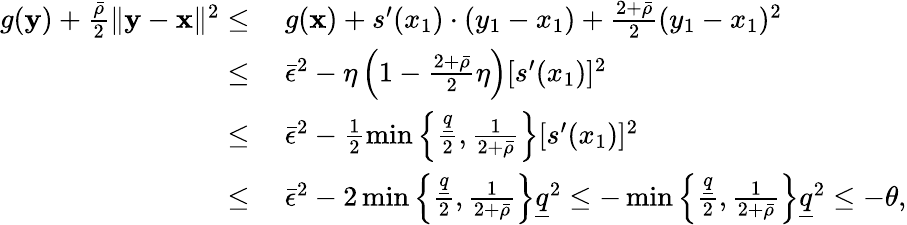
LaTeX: \begin{array}{rl}{g({\mathbf y})+\frac{\bar{\rho}}{2}\| {\mathbf y}-{\mathbf x}\| ^{2}\leq}&{~g({\mathbf x})+s^{\prime}(x_{1})\cdot(y_{1}-x_{1})+\frac{2+\bar{\rho}}{2}(y_{1}-x_{1})^{2}}\\ {\leq}&{~\bar{\epsilon}^{2}-\eta\left(1-\frac{2+\bar{\rho}}{2}\eta\right)[s^{\prime}(x_{1})]^{2}}\\ {\leq}&{~\bar{\epsilon}^{2}-\frac{1}{2}\operatorname*{min}\left\{ \frac{\underline{q}}{2},\frac{1}{2+\bar{\rho}}\right\} [s^{\prime}(x_{1})]^{2}}\\ {\leq}&{~\bar{\epsilon}^{2}-2\operatorname*{min}\left\{ \frac{\underline{q}}{2},\frac{1}{2+\bar{\rho}}\right\} \underline{q}^{2}\leq-\operatorname*{min}\left\{ \frac{\underline{q}}{2},\frac{1}{2+\bar{\rho}}\right\} \underline{q}^{2}\leq-\theta,}\end{array}